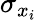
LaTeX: \sigma_{x_{i}}